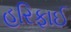
હરિફાઈ